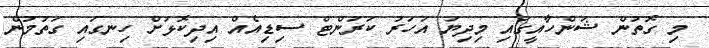
މި ގޮތުން ޝަންހާއީގައި މިދިޔަ އަހަރު ކަރަންޓް ސިޑިއެއް އިދިކޮޅަށް ހިނގައި ގަތުމުން